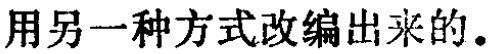
用另一种方式改编出来的。